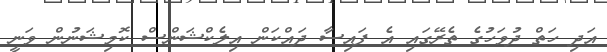
އަދި ހަތް ދުވަހުގެ ތެރޭގައި އެ ފައިސާ ދައްކަން އިލެކްޝަންސް ކޮމިޝަނުން ވަނީ